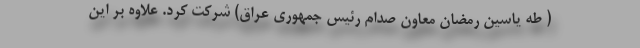
( طه یاسین رمضان معاون صدام رئیس جمهوری عراق) شرکت کرد. علاوه بر این